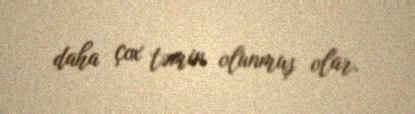
daha çox təmin olunmuş olar.